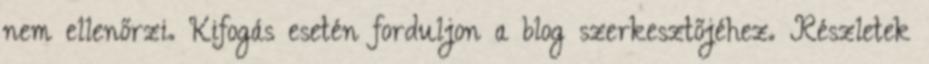
nem ellenőrzi. Kifogás esetén forduljon a blog szerkesztőjéhez. Részletek